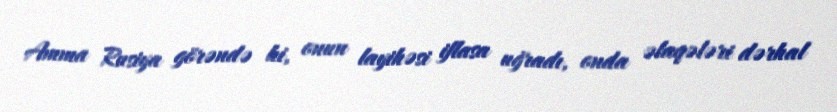
Amma Rusiya görəndə ki, onun layihəsi iflasa uğradı, onda əlaqələri dərhal